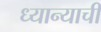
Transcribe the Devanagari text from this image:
ध्यान्याची